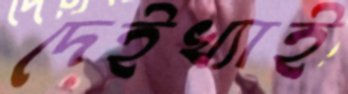
দেইখ্যাই